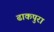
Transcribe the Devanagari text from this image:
ढाकपुरा